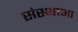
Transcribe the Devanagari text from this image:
संस्थाआ